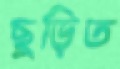
ছুড়িত